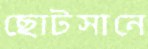
ছোটসানে